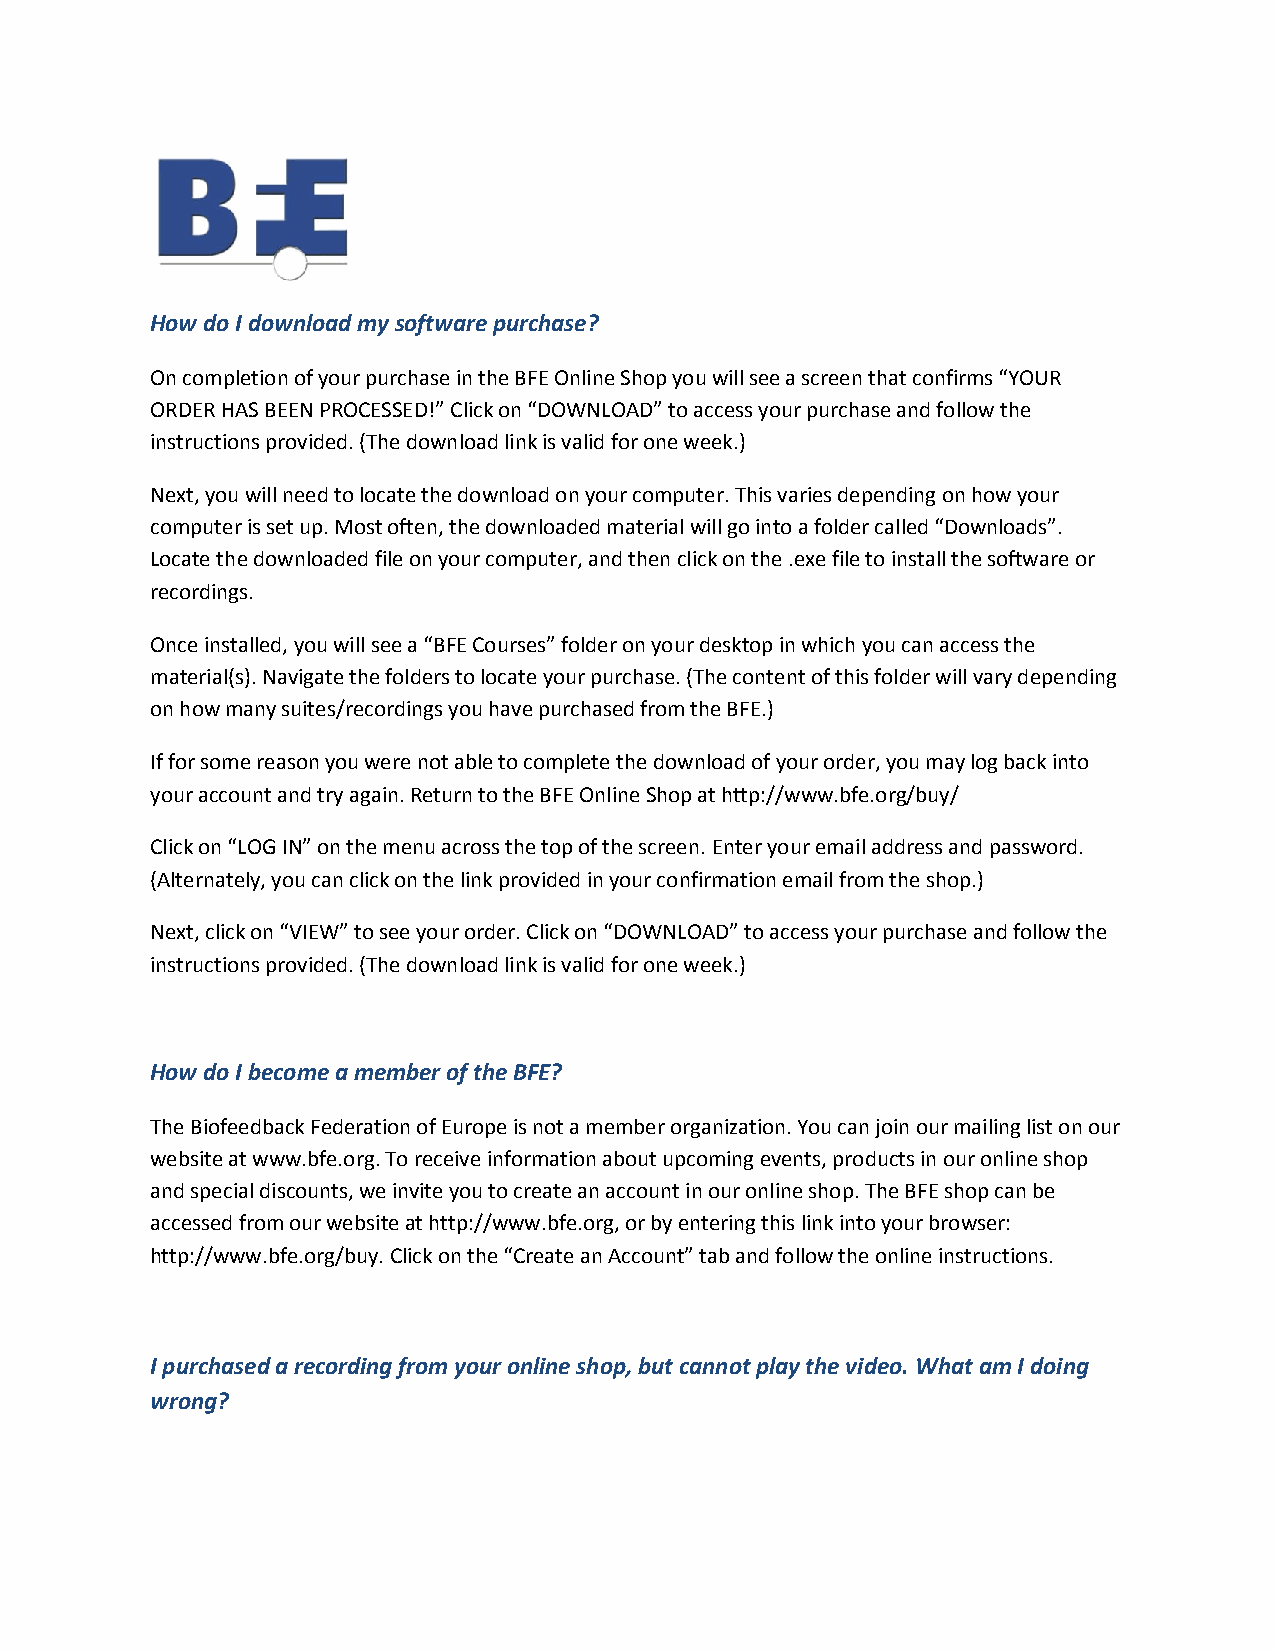
How do I download my software purchase?
 On completion of your purchase in the BFE Online Shop you will see a screen that confirms “YOUR
 ORDER HAS BEEN PROCESSED!” Click on “DOWNLOAD” to access your purchase and follow the
 instructions provided. (The download link is valid for one week.)
 Next, you will need to locate the download on your computer. This varies depending on how your
 computer is set up. Most often, the downloaded material will go into a folder called “Downloads”.
 Locate the downloaded file on your computer, and then click on the .exe file to install the software or
 recordings.
 Once installed, you will see a “BFE Courses” folder on your desktop in which you can access the
 material(s). Navigate the folders to locate your purchase. (The content of this folder will vary depending
 on how many suites/recordings you have purchased from the BFE.)
 If for some reason you were not able to complete the download of your order, you may log back into
 your account and try again. Return to the BFE Online Shop at http://www.bfe.org/buy/
 Click on “LOG IN” on the menu across the top of the screen. Enter your email address and password.
 (Alternately, you can click on the link provided in your confirmation email from the shop.)
 Next, click on “VIEW” to see your order. Click on “DOWNLOAD” to access your purchase and follow the
 instructions provided. (The download link is valid for one week.)
 How do I become a member of the BFE?
 The Biofeedback Federation of Europe is not a member organization. You can join our mailing list on our
 website at www.bfe.org. To receive information about upcoming events, products in our online shop
 and special discounts, we invite you to create an account in our online shop. The BFE shop can be
 accessed from our website at http://www.bfe.org, or by entering this link into your browser:
 http://www.bfe.org/buy. Click on the “Create an Account” tab and follow the online instructions.
 I purchased a recording from your online shop, but cannot play the video. What am I doing
 wrong?